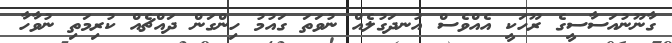
ގާނޫނުއަސާސީގެ ރޫހަކީ އެއްވެސް އުނދަގުލެއް ނުވަތަ ގައުމު ހިންގަން ދައްޗެއް ކުރިމަތި ނުވާހާ